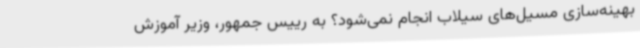
بهینه‌سازی مسیل‌های سیلاب انجام نمی‌شود؟ به رییس جمهور، وزیر آموزش